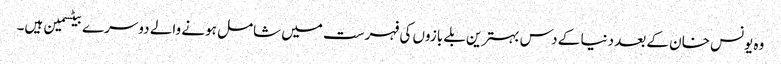
وہ یونس خان کے بعد دنیا کے دس بہترین بلے بازوں کی فہرست میں شامل ہونے والے دوسرے بیٹسمین ہیں۔